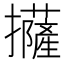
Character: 𢹵